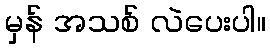
မှန် အသစ် လဲပေးပါ။